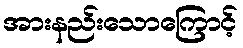
အားနည်းသောကြောင့်